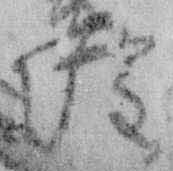
隆